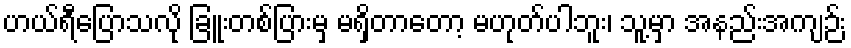
ဟယ်ရီပြောသလို ခြူးတစ်ပြားမှ မရှိတာတော့ မဟုတ်ပါဘူး၊ သူ့မှာ အနည်းအကျဉ်း